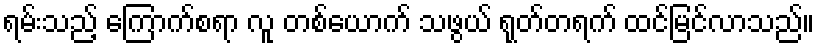
ရမ်းသည့် ကြောက်စရာ လူ တစ်ယောက် သဖွယ် ရုတ်တရက် ထင်မြင်လာသည်။